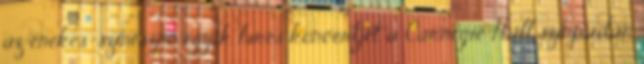
az énekes-színésznő egyik híres koncertjét a Carnegie Hall színpadán